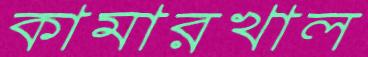
কামারখাল